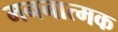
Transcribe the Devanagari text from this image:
मननात्मक